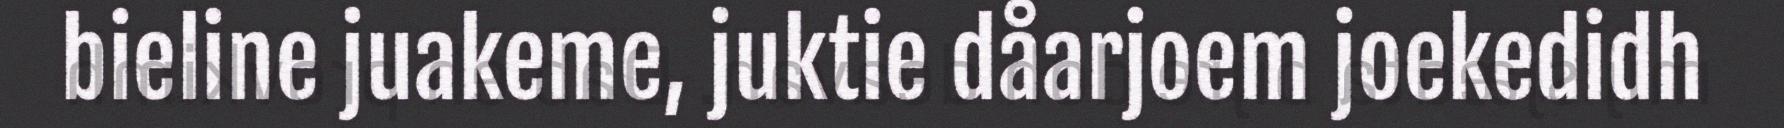
bieline juakeme, juktie dåarjoem joekedidh